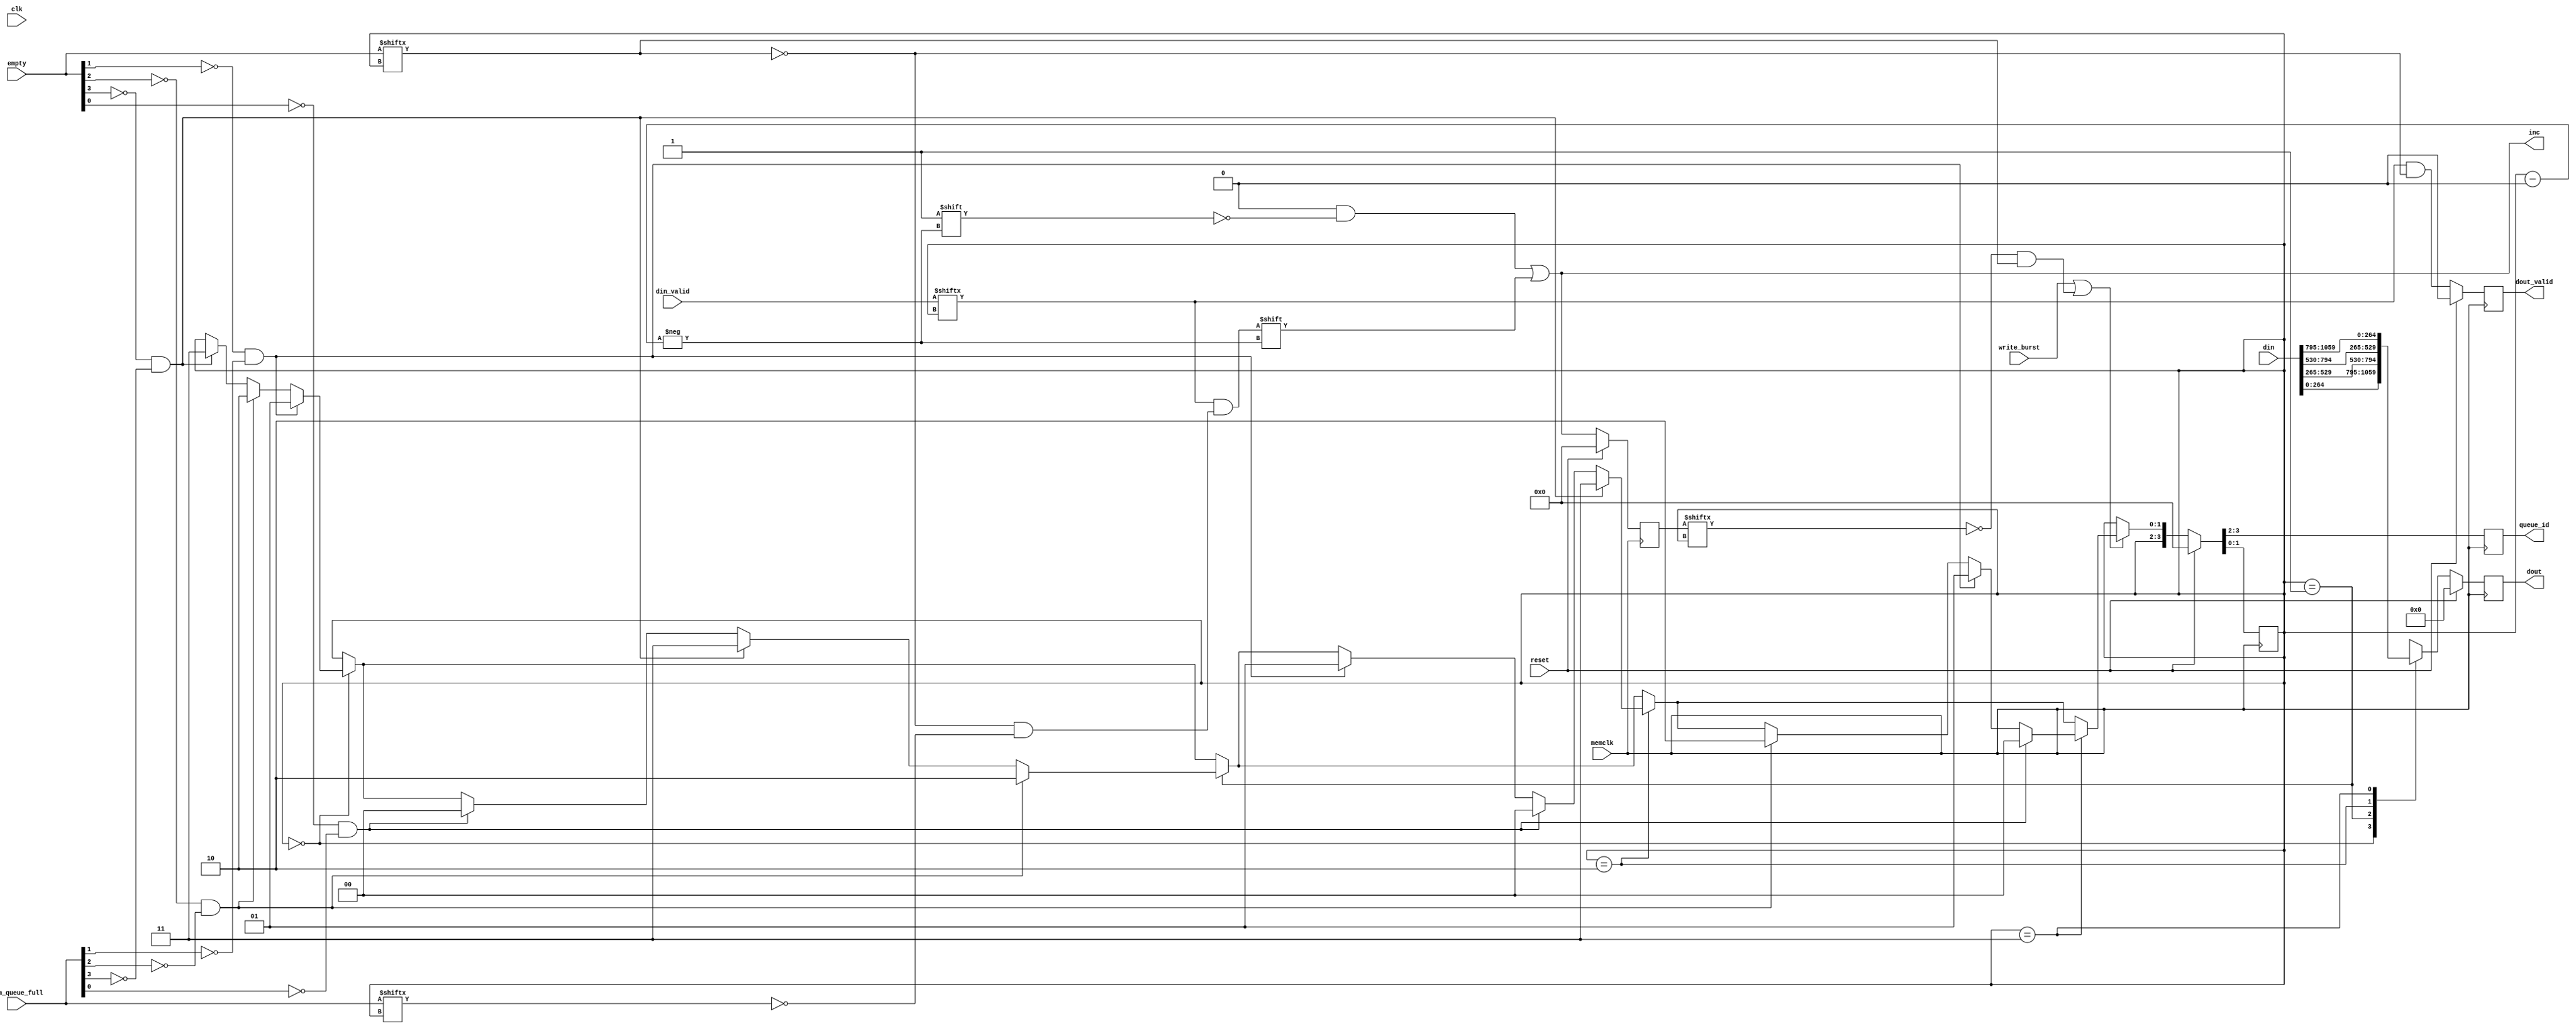
/*******************************************************************************
 *
 *  NetFPGA-10G http://www.netfpga.org
 *
 *  File:
 *        nf10_nic_output_port_lookup.v
 *
 *  Library:
 *        hw/std/pcores/nf10_sram_fifo
 *
 *  Module:
 *        axififoarbiter
 *
 *  Author:
 *        Sam D'Amico
 *
 *  Description:
 *        Arbiter for input AXI4-Stream Interfaces
 *
 *  Copyright notice:
 *        Copyright (C) 2010,2011 The Board of Trustees of The Leland Stanford
 *                                Junior University
 *
 *  Licence:
 *        This file is part of the NetFPGA 10G development base package.
 *
 *        This package is free software: you can redistribute it and/or modify
 *        it under the terms of the GNU Lesser General Public License as
 *        published by the Free Software Foundation, either version 3 of the
 *        License, or (at your option) any later version.
 *
 *        This package is distributed in the hope that it will be useful, but
 *        WITHOUT ANY WARRANTY; without even the implied warranty of
 *        MERCHANTABILITY or FITNESS FOR A PARTICULAR PURPOSE.  See the GNU
 *        Lesser General Public License for more details.
 *
 *        You should have received a copy of the GNU Lesser General Public
 *        License along with the NetFPGA source package.  If not, see
 *        http://www.gnu.org/licenses/.
 *
 */



module AxiFifoArbiter
#(
///////////////////////////////////////////////////////////////////////////////
// Parameter Definitions
///////////////////////////////////////////////////////////////////////////////
  // Width of AXI data bus in bytes
  parameter integer TDATA_WIDTH        = 32,
  // Width of TUSER in bits
  parameter integer TUSER_WIDTH        = 128,
  parameter integer NUM_QUEUES         = 4,
  parameter integer QUEUE_ID_WIDTH     = 2
)
(
    input                           clk,
    input                           reset,
    
    input                           memclk,
    output reg [NUM_QUEUES-1:0]     inc,
    input  [NUM_QUEUES-1:0]         empty,
    input                           write_burst,
    input  [NUM_QUEUES-1:0]         din_valid,
    input  [(NUM_QUEUES*(8*TDATA_WIDTH+9)-1):0]  din,
    input [NUM_QUEUES-1:0]         mem_queue_full,
    output reg [QUEUE_ID_WIDTH-1:0] queue_id,
    output reg [((8*TDATA_WIDTH+9)-1):0]  dout,
    output reg                      dout_valid
);

    reg [QUEUE_ID_WIDTH-1:0] next_queue_id_1;
    reg [QUEUE_ID_WIDTH-1:0] next_queue_id_2;
    reg [((8*TDATA_WIDTH+9)-1):0] next_dout;
    reg next_dout_valid;
    //reg [NUM_QUEUES-1:0] prev_empty;
    reg [NUM_QUEUES-1:0] prev_inc;
    always @(posedge memclk)
    begin
        if(reset)
        begin
            {queue_id, next_queue_id_1} <= {2'b00, 2'b00};
            //prev_queue_id <= {(QUEUE_ID_WIDTH){1'b0}};
            //prev_empty <= {(NUM_QUEUES){1'b1}};
            prev_inc <= {(NUM_QUEUES){1'b0}};
            dout <= {(8*TDATA_WIDTH+9){1'b0}};
            dout_valid <= 1'b0;
        end
        else
        begin
            {queue_id, next_queue_id_1} <= {next_queue_id_1, next_queue_id_2};
            //prev_queue_id <= queue_id;
            //prev_empty <= empty;
            prev_inc <= inc;
            dout <= next_dout;
            dout_valid <= next_dout_valid;
        end
    end

    always @(*)
    begin
        inc = 4'b0;
        next_queue_id_2 = next_queue_id_1;

        if(write_burst || (~prev_inc[next_queue_id_1] && empty[next_queue_id_1]))
	begin
            if(next_queue_id_1 == 2'd0)
            begin
	    if(~empty[1] && ~mem_queue_full[1])
	    begin
               next_queue_id_2 = 2'd1;
	    end
	    else if(~empty[2] && ~mem_queue_full[2])
	    begin
	        next_queue_id_2 = 2'd2;
	    end
	    else if(~empty[3] && ~mem_queue_full[3])
	    begin
                next_queue_id_2 = 2'd3;
	    end
            end

if(next_queue_id_1 == 2'd1)
            begin
	   
            if(~empty[2] && ~mem_queue_full[2])
	    begin
               next_queue_id_2 = 2'd2;
	    end
	    else if(~empty[3] && ~mem_queue_full[3])
	    begin
	        next_queue_id_2 = 2'd3;
	    end
	    else if(~empty[0] && ~mem_queue_full[0])
	    begin
                next_queue_id_2 = 2'd0;
	    end
            end

if(next_queue_id_1 == 2'd2)
            begin
	    if(~empty[3] && ~mem_queue_full[3])
	    begin
               next_queue_id_2 = 2'd3;
	    end
            else if(~empty[0] && ~mem_queue_full[0])
	    begin
               next_queue_id_2 = 2'd0;
	    end
	    else if(~empty[1] && ~mem_queue_full[1])
	    begin
	        next_queue_id_2 = 2'd1;
	    end
	    
            end

if(next_queue_id_1 == 2'd3)
            begin
	    if(~empty[0] && ~mem_queue_full[0])
	    begin
               next_queue_id_2 = 2'd0;
	    end
            else if(~empty[1] && ~mem_queue_full[1])
	    begin
               next_queue_id_2 = 2'd1;
	    end
	    else if(~empty[2] && ~mem_queue_full[2])
	    begin
	        next_queue_id_2 = 2'd2;
	    end
	    
            end
        end

        // TODO: is this appropriate, or do we want to inc on the current queue ID
        // ALSO check fifoaxiarb..
	inc[next_queue_id_1] = din_valid[next_queue_id_1] && ((~empty[next_queue_id_1]/* || write_burst*/) && ~mem_queue_full[next_queue_id_1]);
        /*inc[next_queue_id] = (~empty[next_queue_id] && ~mem_queue_full[next_queue_id]);*/

        // NOTE: changed to prev_inc to attempt to remove problem where random
        // bytes get dropped
        next_dout_valid = /*prev_inc[prev_queue_id] || */(din_valid[next_queue_id_1] && ~empty[next_queue_id_1]);
        
        case(next_queue_id_1)
            0:
                next_dout = din[((8*TDATA_WIDTH+9)*(1)-1):((8*TDATA_WIDTH+9)*0)];
            1:
                next_dout = din[((8*TDATA_WIDTH+9)*(2)-1):((8*TDATA_WIDTH+9)*1)];
            2:
                next_dout = din[((8*TDATA_WIDTH+9)*(3)-1):((8*TDATA_WIDTH+9)*2)];
            3:
                next_dout = din[((8*TDATA_WIDTH+9)*(4)-1):((8*TDATA_WIDTH+9)*3)];
        endcase
        
    end

endmodule